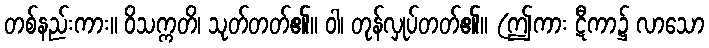
တစ်နည်းကား။ ဝိသက္ကတိ၊ သုတ်တတ်၏။ ဝါ၊ တုန်လှုပ်တတ်၏။ (ဤကား ဋီကာ၌ လာသော